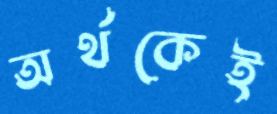
অর্থকেই